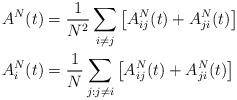
LaTeX: \begin{align*}A^{N}(t) & =\frac{1}{N^{2}}\sum_{i\neq j}\left[A_{ij}^{N}(t)+A_{ji}^{N}(t)\right]\\A_{i}^{N}(t) & =\frac{1}{N}\sum_{j:j\neq i}\left[A_{ij}^{N}(t)+A_{ji}^{N}(t)\right]\end{align*}